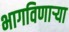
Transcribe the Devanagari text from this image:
भागविणाऱ्या